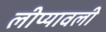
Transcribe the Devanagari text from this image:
लीप्यावली